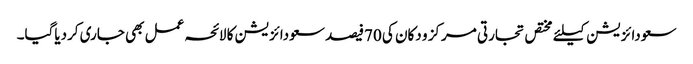
سعودائزیشن کیلئے مختص تجارتی مرکز و دکان کی 70فیصد سعودائزیشن کا لائحہ عمل بھی جاری کردیاگیا۔